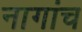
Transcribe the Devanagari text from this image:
नागांच